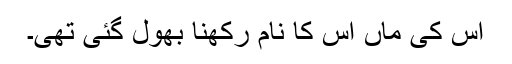
اس کی ماں اس کا نام رکھنا بھول گئی تھی۔